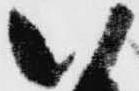
い